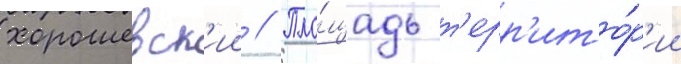
хорошевск'ии // Пло́щадь т'ерр'ито́р'ии